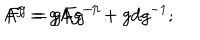
A ^ { g } = g A g ^ { - 1 } + g d g ^ { - 1 } ; \hspace { 1 . 0 c m } F ^ { g } = g F g ^ { - 1 } .